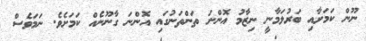
ނޫން ކަމަށާއި ބަރުލަމާނީ ނިޒާމު އޮންނަ ތަންތަނުގައި އޮންނަ ގާނޫނެއް ކަމަށެވެ. ނަމަވެސް